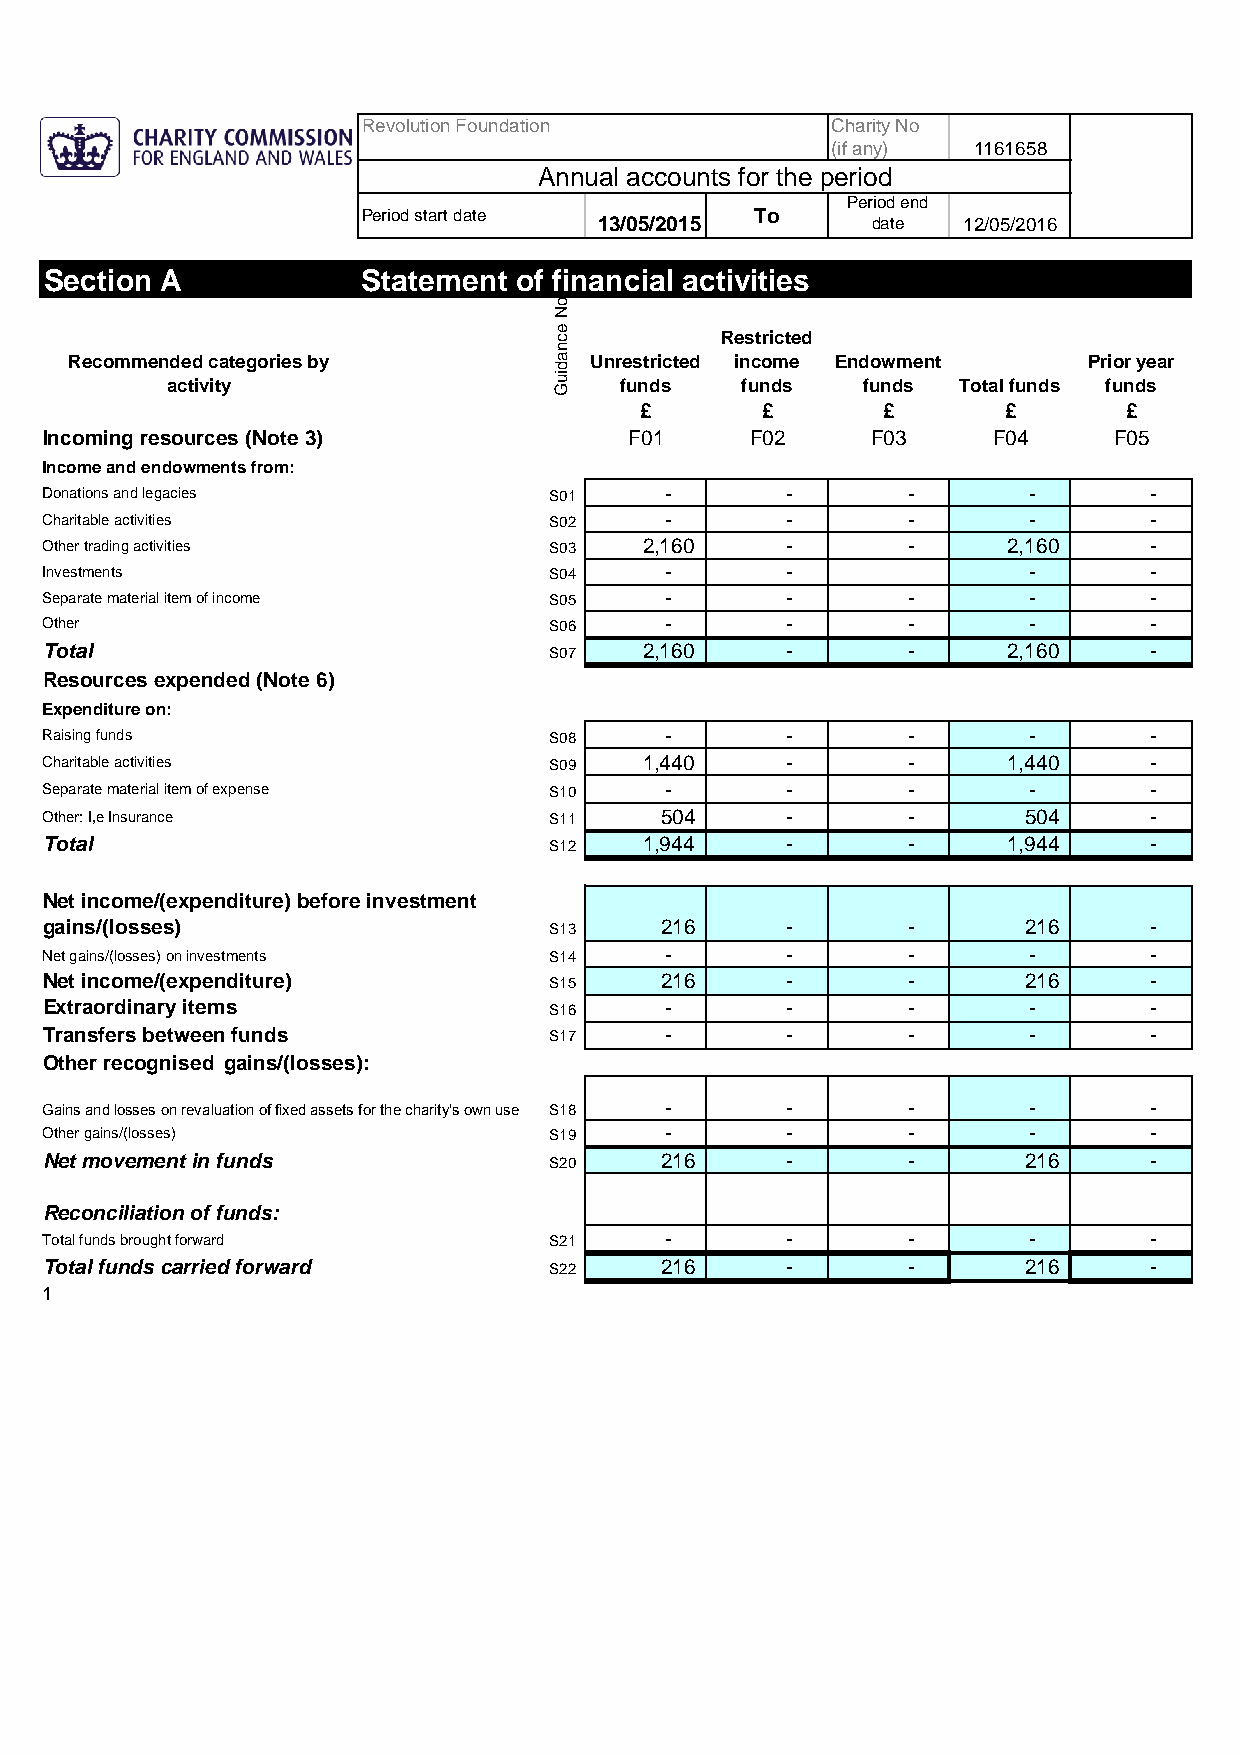
Revolution Foundation          Charity No
 (if any) 1161658
 Annual accounts for the period
 Period end
 Period start date         To
 13/05/2015        date  12/05/2016
 Section A            Statement of financial activities
 s
 e
 to
 N
 e c        Restricted
 n
 Recommended categories by       a Unrestricted income Endowment    Prior year
 d
 activity
 iu
 G   funds   funds   funds Total funds funds
 £       £       £       £       £
 Incoming resources (Note 3)            F01     F02     F03     F04     F05
 Income and endowments from:
 Donations and legacies           S01     -       -       -       -       -
 Charitable activities            S02     -       -       -       -       -
 Other trading activities         S03    2 ,160   -       -      2 ,160   -
 Investments                      S04     -       -               -       -
 Separate material item of income S05     -       -       -       -       -
 Other                            S06     -       -       -       -       -
 Total                            S07    2 ,160   -       -      2 ,160   -
 Resources expended (Note 6)
 Expenditure on:
 Raising funds                    S08     -       -       -       -       -
 Charitable activities            S09    1 ,440   -       -      1 ,440   -
 Separate material item of expense S10    -       -       -       -       -
 Other: I,e Insurance             S11     5 04    -       -       5 04    -
 Total                            S12    1 ,944   -       -      1 ,944   -
 Net income/(expenditure) before investment
 gains/(losses)                   S13     2 16    -       -       2 16    -
 Net gains/(losses) on investments S14    -       -       -       -       -
 Net income/(expenditure)         S15     2 16    -       -       2 16    -
 Extraordinary items              S16     -       -       -       -       -
 Transfers between funds          S17     -       -       -       -       -
 Other recognised gains/(losses):
 Gains and losses on revaluation of fixed assets for the charity’s own use S18 - - - - -
 Other gains/(losses)             S19     -       -       -       -       -
 Net movement in funds            S20     2 16    -       -       2 16    -
 Reconciliation of funds:
 Total funds brought forward      S21     -       -       -       -       -
 Total funds carried forward      S22     2 16    -       -       2 16    -
 1